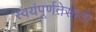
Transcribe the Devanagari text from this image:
स्वयंपूर्णतेसाठी